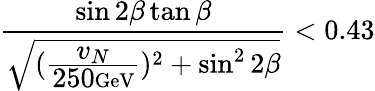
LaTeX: \frac{\sin 2\beta\tan\beta}{\sqrt{(\frac{{\textstyle v_{N}}}{{\textstyle 250}\mathrm{GeV}})^{2}+\sin^{2}2\beta}}<0.43